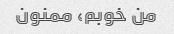
من خوبم، ممنون